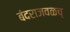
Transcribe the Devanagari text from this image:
बंदराजवळच्